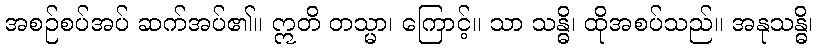
အစဉ်စပ်အပ် ဆက်အပ်၏။ ဣတိ တသ္မာ၊ ကြောင့်။ သာ သန္ဓိ၊ ထိုအစပ်သည်။ အနုသန္ဓိ၊